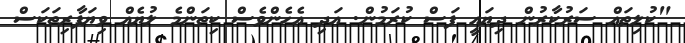
"ކުލިތައް ސަރުކާރުން ދިޔައީ ފަސް ކުުރަމުން. އަދި އެހެންވެސް ކިތަންމެ ލުޔެއް ވިޔަފާރިތަަކަސް